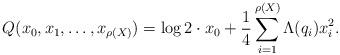
LaTeX: \begin{align*}Q(x_0, x_1, \ldots, x_{\rho(X)}) = \log 2 \cdot x_0 + \frac{1}{4}\sum_{i=1}^{\rho(X)} \Lambda(q_i)x_i^2.\end{align*}